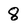
Character: 8